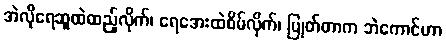
အဲလိုရေဆူထဲထည့်လိုက်၊ ရေအေးထဲစိမ်လိုက်၊ ပြုတ်တာက ဘဲကောင်ဟာ